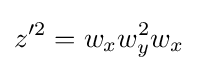
z'^{2}=w_{x}w_{y}^{2}w_{x}